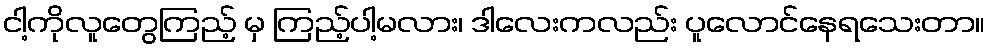
ငါ့ကိုလူတွေကြည့် မှ ကြည့်ပါ့မလား၊ ဒါလေးကလည်း ပူလောင်နေရသေးတာ။